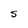
Character: S